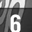
Digit: 6